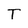
Character: T